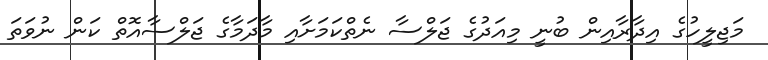
މަޖިލީހުގެ އިދާރާއިން ބުނީ މިއަދުގެ ޖަލްސާ ނެތްކަމަށާއި މާދަމާގެ ޖަލްސާއޮތް ކަން ނުވަތަ